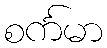
စင်္ကမာ